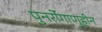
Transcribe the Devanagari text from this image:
पुनर्रोगाणुहीन